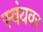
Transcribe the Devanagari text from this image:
स्वंयवर